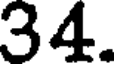
34.